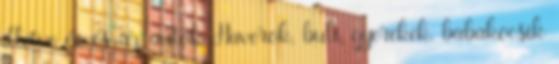
illetve én és az autók Haverok, buli, gyerekek, babakocsik